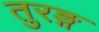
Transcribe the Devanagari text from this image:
तुरङ्ग